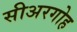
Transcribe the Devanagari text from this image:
सीअरगोह